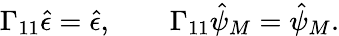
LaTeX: \Gamma_{11}\hat{\epsilon}=\hat{\epsilon},\qquad\Gamma_{11}\hat{\psi}_{M}=\hat{\psi}_{M}.